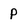
Character: p